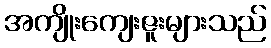
အကျိုးကျေးဇူးများသည်